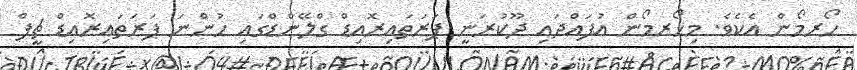
ހޯރމޯން އެކެވެ. މިހޯރމޯން އުފައްދައި ދޫކުރަނީ ޕަރަތައިރޮއިޑް ގްލޭންޑްގައި ހުންނަ ޕަރަތައިރޮއިޑް ޗީފް